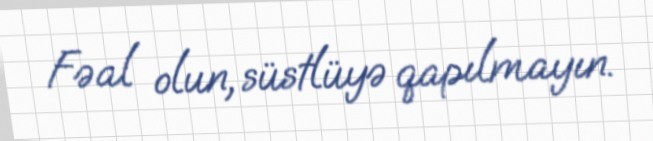
Fəal olun, süstlüyə qapılmayın.